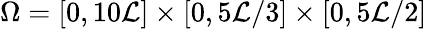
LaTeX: \Omega=[0,10\mathcal{L}]\times[0,5\mathcal{L}/3]\times[0,5\mathcal{L}/2]